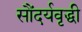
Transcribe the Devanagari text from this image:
सौंदर्यवृद्धी